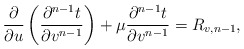
\begin{align*} \frac{\partial}{\partial u}\left(\frac{\partial^{n-1}t}{\partial v^{n-1}}\right)+\mu \frac{\partial^{n-1}t}{\partial v^{n-1}}=R_{v,n-1},\end{align*}